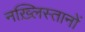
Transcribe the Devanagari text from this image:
नख़्लिस्तानों